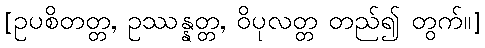
[ဥပစိတတ္တ, ဥဿန္နတ္တ, ဝိပုလတ္တ တည်၍ တွက်။]